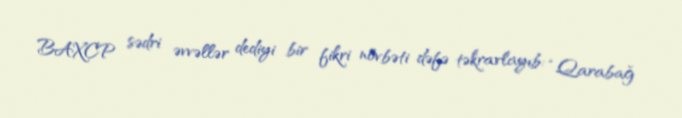
BAXCP sədri əvvəllər dediyi bir fikri növbəti dəfə təkrarlayıb: “Qarabağ